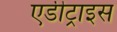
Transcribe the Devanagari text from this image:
एडीट्राइस